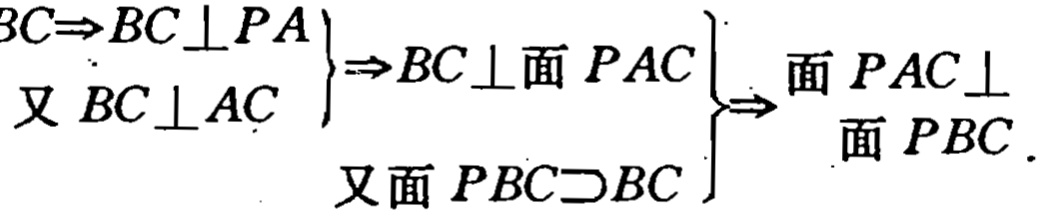
$

\left.\begin{array}{r}

BC\Rightarrow BC\perp PA\\

\text{又 }BC\perp AC

\end{array}\right\}

\Rightarrow BC\perp\text{面 }PAC

\left.\begin{array}{r}

\\

\text{又面 }PBC\supset BC

\end{array}\right\}

\Rightarrow

\begin{array}{r}

\text{面 }PAC\perp\\

\text{面 }PBC

\end{array}

$